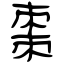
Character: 棗